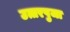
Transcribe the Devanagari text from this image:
उत्तरपुजा